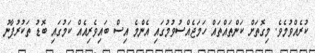
ކުރެއްވުމެވެ. މިގޮތަށް ކަންތައްތައް ހަމަޖެއްސުވުމުގައި އެންމެ އިސް ބައިވެރިއެއް ކަމުގައި ބޮޑު ތަކުރުފާނު